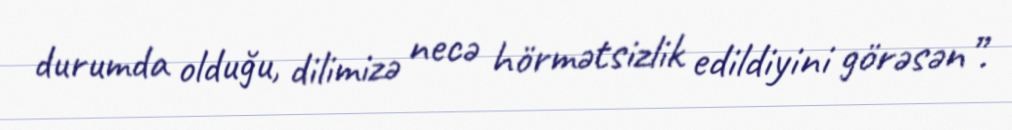
durumda olduğu, dilimizə necə hörmətsizlik edildiyini görəsən”.